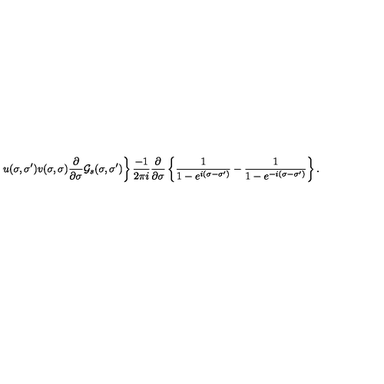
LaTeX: \left. u ( \sigma , \sigma ^ { \prime } ) v ( \sigma , \sigma ) \frac { \partial } { \partial \sigma } { \cal G } _ { s } ( \sigma , \sigma ^ { \prime } ) \right\} \frac { - 1 } { 2 \pi i } \frac { \partial } { \partial \sigma } \left\{ \frac 1 { 1 - e ^ { i ( \sigma - \sigma ^ { \prime } ) } } - \frac 1 { 1 - e ^ { - i ( \sigma - \sigma ^ { \prime } ) } } \right\} .